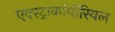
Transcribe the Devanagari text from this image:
एक्स्ट्राकॉर्पोरियल